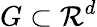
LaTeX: G\subset\mathcal{R}^{d}